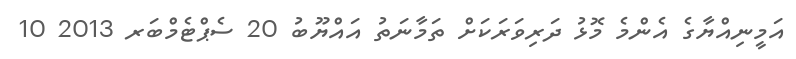
އަމީނިއްޔާގެ އެންމެ މޮޅު ދަރިވަރަކަށް ތަމާނަތު އައްޔޫބު 20 ސެޕްޓެމްބަރ 2013 10